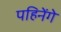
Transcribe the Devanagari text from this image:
पहिनेंगे